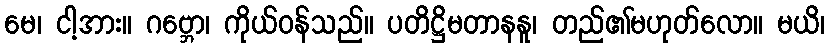
မေ၊ ငါ့အား။ ဂဗ္ဘော၊ ကိုယ်ဝန်သည်။ ပတိဋ္ဌိမတာနနူ၊ တည်၏မဟုတ်လော။ မယိ၊